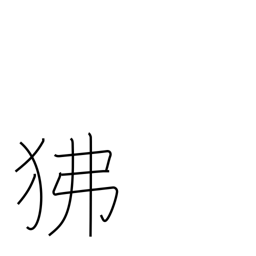
Meaning: baboon